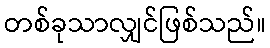
တစ်ခုသာလျှင်ဖြစ်သည်။